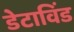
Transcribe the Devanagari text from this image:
डेटाविंड